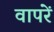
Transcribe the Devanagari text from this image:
वापरें